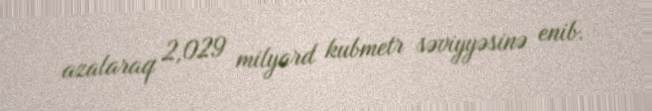
azalaraq 2,029 milyard kubmetr səviyyəsinə enib.